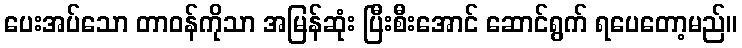
ပေးအပ်သော တာဝန်ကိုသာ အမြန်ဆုံး ပြီးစီးအောင် ဆောင်ရွက် ရပေတော့မည်။